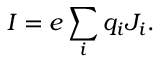
I = e \sum _ { i } q _ { i } J _ { i } .